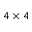
4 \times 4